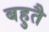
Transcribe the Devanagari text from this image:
बहुतै